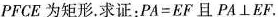
PFCE为矩形。求证：$$P A = E F$$且$$P A \bot E F$$。